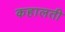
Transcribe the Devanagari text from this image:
कहालती